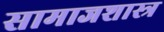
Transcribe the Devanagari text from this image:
सामाजशास्त्र